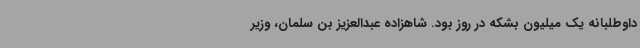
داوطلبانه یک میلیون بشکه در روز بود. شاهزاده عبدالعزیز بن سلمان، وزیر